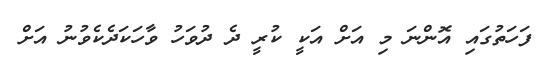
ފަހަތުގައި އޮންނަ މި އަށް އަކީ ކުރީ ދެ ދުވަހު ވާހަކަދެކެވުނު އަށް